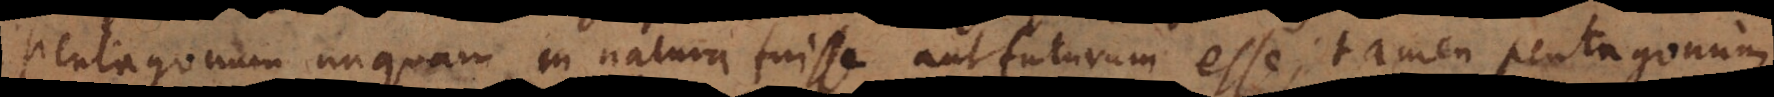
pentagonum unquam in natura fuisse aut futurum esse; tamen pentagonum